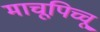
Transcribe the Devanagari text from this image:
माचूपिच्चू